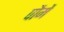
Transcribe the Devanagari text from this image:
पौमें